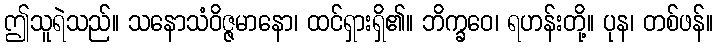
ဤသူရဲသည်။ သနောသံဝိဇ္ဇမာနော၊ ထင်ရှားရှိ၏။ ဘိက္ခဝေ၊ ရဟန်းတို့။ ပုန၊ တစ်ဖန်။